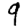
Digit: 9